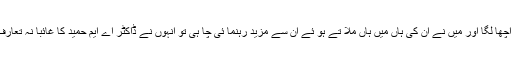
ہومیو پیتھ ڈاکٹرز اور کالجز بارے سروے رپورٹ کے مرتب کرنے کا یہ مشورہ مجھے اچھا لگا اور میں نے ان کی ہاں میں ہاں ملا تے ہو ئے ان سے مزید رہنما ئی چا ہی تو انہوں نے ڈاکٹر اے ایم حمید کا غائبا نہ تعارف کراتے ہو ئے کہا کہ ان سے ملتے ہیں وہ بڑے نا مور ہو میو پیتھ ڈاکٹر ہیں فا ئدہ ہو گا ۔